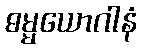
ဓမ္မယောဂါနံ